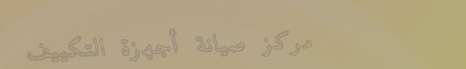
مركز صيانة أجهزة التكييف